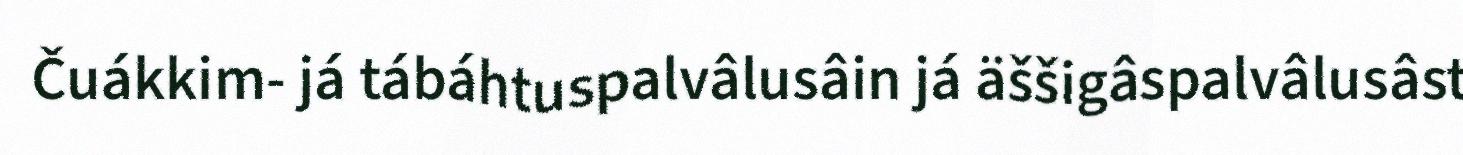
Čuákkim- já tábáhtuspalvâlusâin já äššigâspalvâlusâst